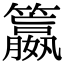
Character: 籝